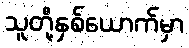
သူတို့နှစ်ယောက်မှာ